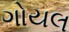
ગોયલ